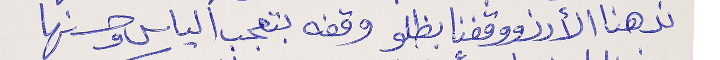
ندهنا الأرز ووقفنا بظلو      وقفه بتعجب الياس وحسنها